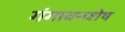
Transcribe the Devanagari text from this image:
गंगावनशेष